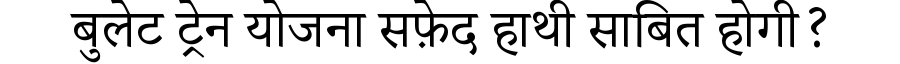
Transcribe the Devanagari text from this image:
बुलेट ट्रेन योजना सफ़ेद हाथी साबित होगी?